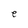
Character: e